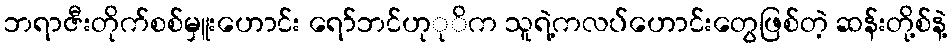
ဘရာဇီးတိုက်စစ်မှူးဟောင်း ရော်ဘင်ဟုုိက သူရဲ့ကလပ်ဟောင်းတွေဖြစ်တဲ့ ဆန်းတို့စ်နဲ့